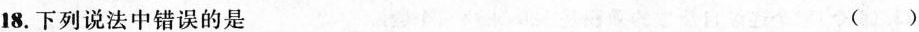
18.下列说法中错误的是 ( )